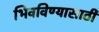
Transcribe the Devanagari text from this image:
भिवविण्यासाठी